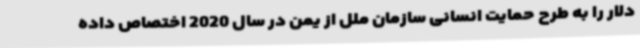
دلار را به طرح حمایت انسانی سازمان ملل از یمن در سال 2020 اختصاص داده